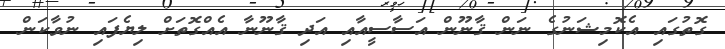
ގޮތުގައި އެކޮމިޝަނުގެ ނަން ޤާނޫން އަސާސީއާއި އަދި ޤާނޫނާ އެއްގޮތަށް ލިޔެފައި ނުވާކަން